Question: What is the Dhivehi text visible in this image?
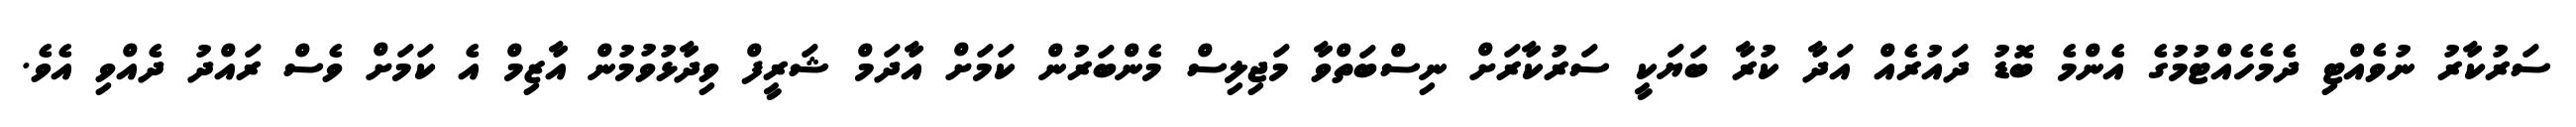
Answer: ސަރުކާރު ނުވެއްޓި ދެމެހެއްޓުމުގެ އެންމެ ބޮޑު ދައުރެއް އަދާ ކުރާ ބަޔަކީ ސަރުކާރަށް ނިސްބަތްވާ މަޖިލިސް މެންބަރުން ކަމަށް އާދަމް ޝަރީފް ވިދާޅުވުމުން އާޒިމް އެ ކަމަށް ވެސް ރައްދު ދެއްވި އެވެ.